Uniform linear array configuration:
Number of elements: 32
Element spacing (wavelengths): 1
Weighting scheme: kaiser
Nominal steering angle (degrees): -15
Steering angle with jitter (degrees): -15.246
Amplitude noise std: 0.05
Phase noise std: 0.05

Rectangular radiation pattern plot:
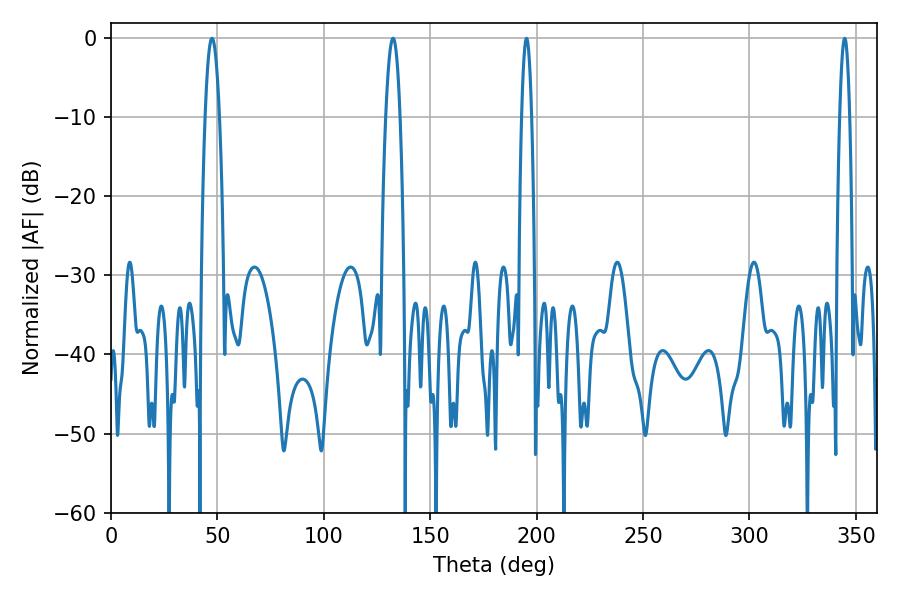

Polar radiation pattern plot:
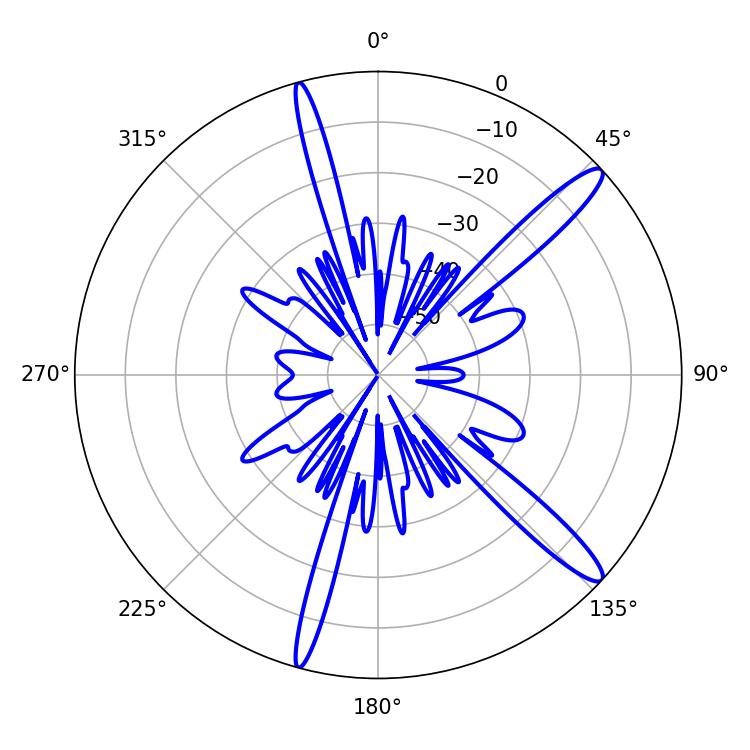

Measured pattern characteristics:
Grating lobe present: TRUE
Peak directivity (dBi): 14.096
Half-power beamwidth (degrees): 3.6
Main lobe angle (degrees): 47.52